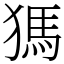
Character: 獁